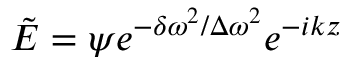
\tilde { E } = \psi e ^ { - \delta \omega ^ { 2 } / \Delta \omega ^ { 2 } } e ^ { - i k z }